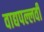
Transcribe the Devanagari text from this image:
वाद्यपल्लवी